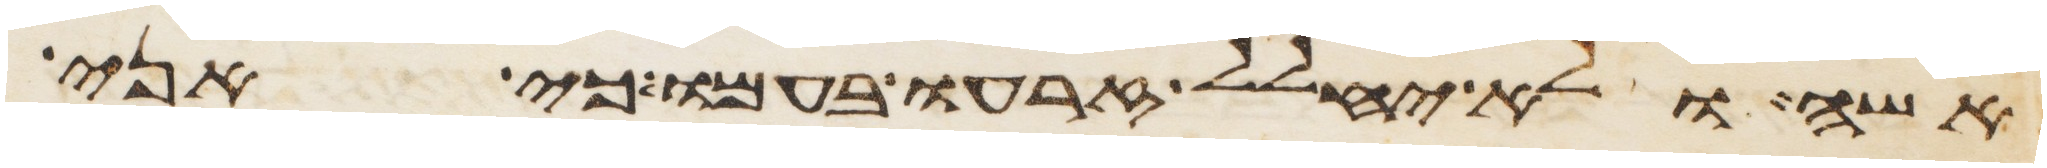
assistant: אשה ולא יחלל זרעו בעמו כי אני